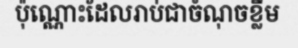
ប៉ុណ្ណោះដែលរាប់ជាចំណុចខ្លឹម